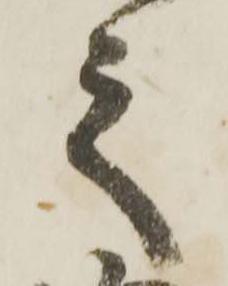
之